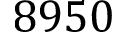
8 9 5 0